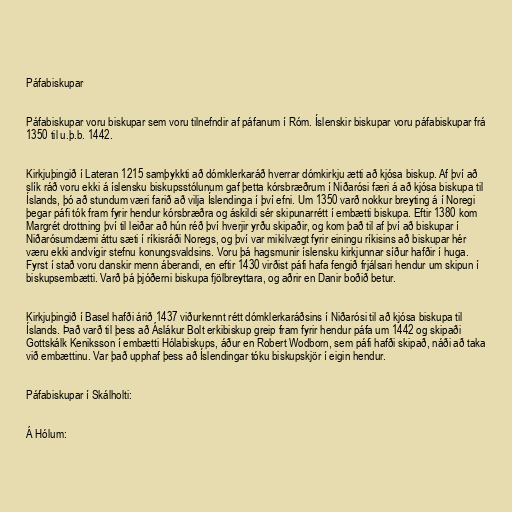
Páfabiskupar

Páfabiskupar voru biskupar sem voru tilnefndir af páfanum í Róm. Íslenskir biskupar voru páfabiskupar frá
1350 til u.þ.b. 1442.

Kirkjuþingið í Lateran 1215 samþykkti að dómklerkaráð hverrar dómkirkju ætti að kjósa biskup. Af því að
slík ráð voru ekki á íslensku biskupsstólunum gaf þetta kórsbræðrum í Niðarósi færi á að kjósa biskupa til
Íslands, þó að stundum væri farið að vilja Íslendinga í því efni. Um 1350 varð nokkur breyting á í Noregi
þegar páfi tók fram fyrir hendur kórsbræðra og áskildi sér skipunarrétt í embætti biskupa. Eftir 1380 kom
Margrét drottning því til leiðar að hún réð því hverjir yrðu skipaðir, og kom það til af því að biskupar í
Niðarósumdæmi áttu sæti í ríkisráði Noregs, og því var mikilvægt fyrir einingu ríkisins að biskupar hér
væru ekki andvígir stefnu konungsvaldsins. Voru þá hagsmunir íslensku kirkjunnar síður hafðir í huga.
Fyrst í stað voru danskir menn áberandi, en eftir 1430 virðist páfi hafa fengið frjálsari hendur um skipun í
biskupsembætti. Varð þá þjóðerni biskupa fjölbreyttara, og aðrir en Danir boðið betur.

Kirkjuþingið í Basel hafði árið 1437 viðurkennt rétt dómklerkaráðsins í Niðarósi til að kjósa biskupa til
Íslands. Það varð til þess að Áslákur Bolt erkibiskup greip fram fyrir hendur páfa um 1442 og skipaði
Gottskálk Keniksson í embætti Hólabiskups, áður en Robert Wodborn, sem páfi hafði skipað, náði að taka
við embættinu. Var það upphaf þess að Íslendingar tóku biskupskjör í eigin hendur.

Páfabiskupar í Skálholti:

Á Hólum: